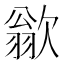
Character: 𪴱